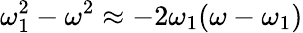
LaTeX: \omega_{1}^{2}-\omega^{2}\approx-2\omega_{1}(\omega-\omega_{1})